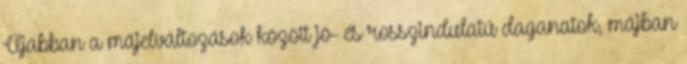
Újabban a májelváltozások között jó- és rosszindulatú daganatok, májban